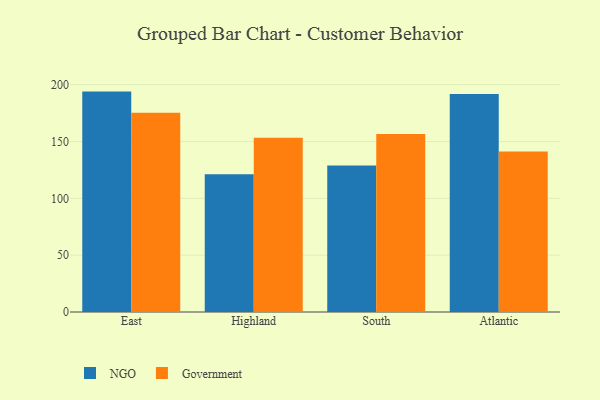
{"axis": {"x": "Region", "y": "Churn Rate (%)"}, "legend": ["Government", "NGO"], "data": [{"x": "East", "y": 193.9, "type": "NGO"}, {"x": "East", "y": 175.2, "type": "Government"}, {"x": "Highland", "y": 121.1, "type": "NGO"}, {"x": "Highland", "y": 153.4, "type": "Government"}, {"x": "South", "y": 128.9, "type": "NGO"}, {"x": "South", "y": 156.6, "type": "Government"}, {"x": "Atlantic", "y": 191.8, "type": "NGO"}, {"x": "Atlantic", "y": 141.1, "type": "Government"}]}